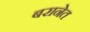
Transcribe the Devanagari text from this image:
बरानेत